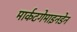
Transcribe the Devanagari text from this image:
मार्कटगेमाइनडेन